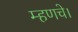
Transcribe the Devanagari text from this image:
म्हणचे।